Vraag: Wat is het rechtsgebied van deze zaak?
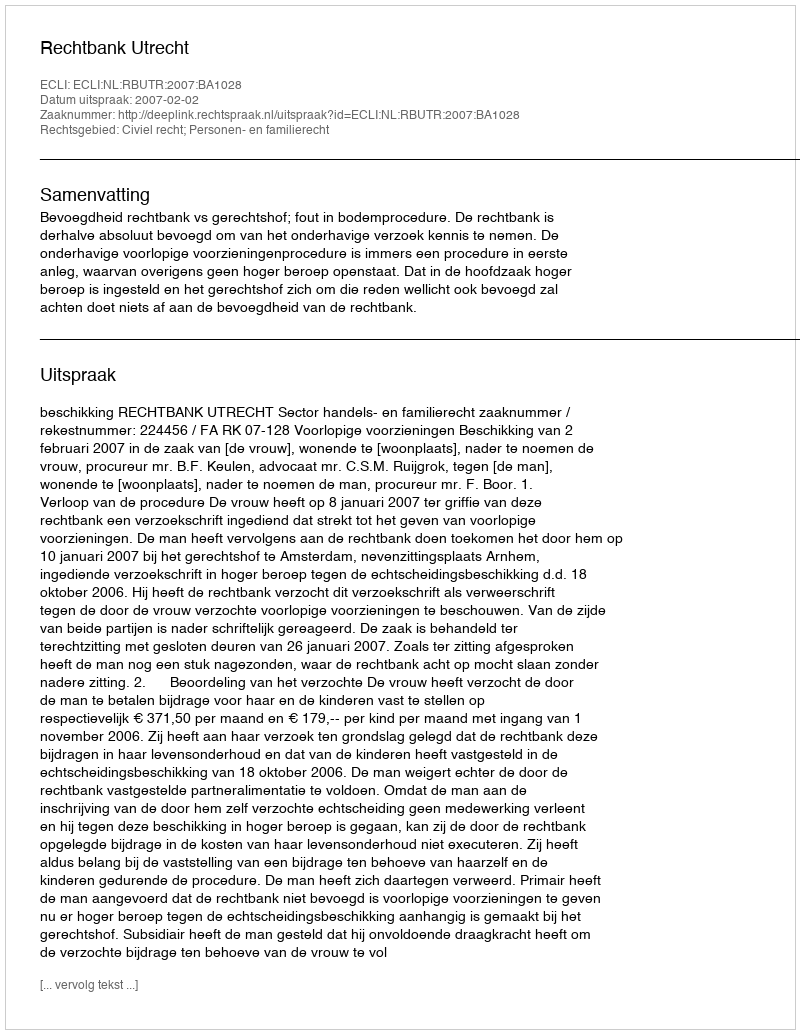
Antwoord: Civiel recht; Personen- en familierecht